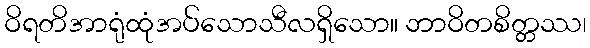
ဝိရတိအာရုံထုံအပ်သောသီလရှိသော။ ဘာဝိတစိတ္တဿ၊